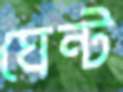
ঘেন্ট